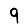
Digit: 9